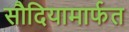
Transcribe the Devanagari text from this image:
सौदियामार्फत